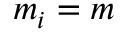
m _ { i } = m